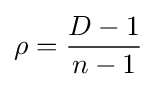
\rho ={\frac {D-1}{n-1}}